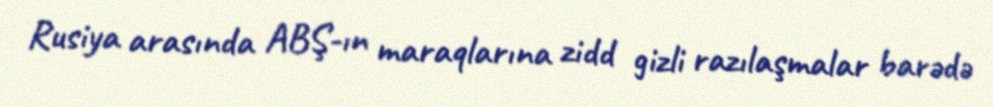
Rusiya arasında ABŞ-ın maraqlarına zidd gizli razılaşmalar barədə